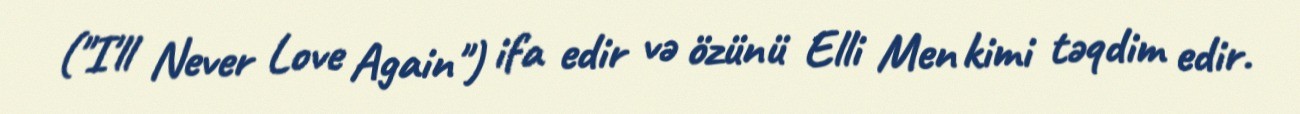
("I'll Never Love Again") ifa edir və özünü Elli Men kimi təqdim edir.